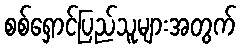
စစ်ရှောင်ပြည်သူများအတွက်